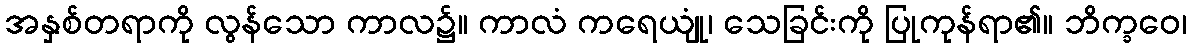
အနှစ်တရာကို လွန်သော ကာလ၌။ ကာလံ ကရေယျုံ၊ သေခြင်းကို ပြုကုန်ရာ၏။ ဘိက္ခဝေ၊